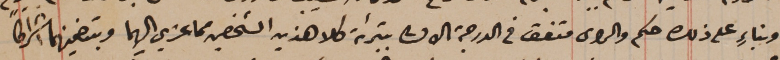
وبناءٍ على ذلك حكم والراى متفق فى الدرجة الاولى بتبرئة كلا هذين الشخصين مما عزي اليهما وبتضمينهما اشراكاً